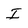
Character: I